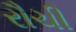
રૌચી